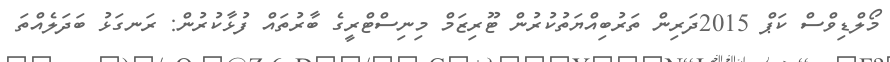
މޯލްޑިވްސް ކަޕް 2015ދަރިން ތަރުބިއްޔަތުކުރުން ޓޫރިޒަމް މިނިސްޓްރީގެ ބާރުތައް ފުޅާކުރުން: ރަނގަޅު ބަދަލެއްތަ